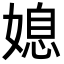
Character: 媳